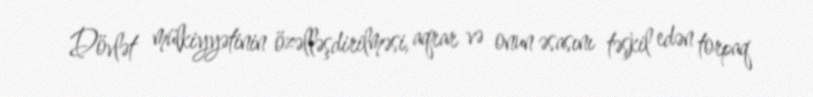
Dövlət mülkiyyətinin özəlləşdirilməsi, aqrar və onun əsasını təşkil edən torpaq